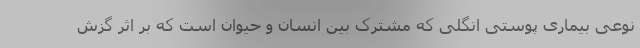
نوعی بیماری پوستی انگلی که مشترک بین انسان و حیوان است که بر اثر گزش